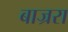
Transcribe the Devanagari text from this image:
बाज्ररा